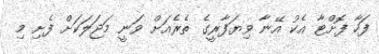
ފަހާ ފޮށްޓާ އެކު އޭނާ ވިޔަފާރީގެ ތެރެއަށް ވަނީ މަޖަލަކަށް ފެށި މި